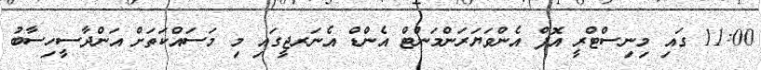
11:00 ގައި މިނިސްޓްރީ އޮފް އެންވަޔަރަންމަންޓް އެންޑް އެނަރޖީގައި މި މަސައްކަތަށް އަންދާސީހިސާބު